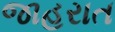
જાહરાત